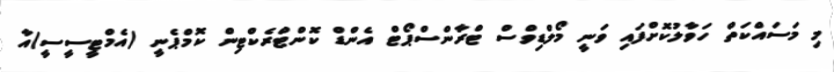
މި މަސައްކަތް ހަވާލުކޮށްފައި ވަނީ މޯލްޑިވްސް ޓްރާންސްޕޯޓް އެންޑް ކޮންޓްރެކްޓިން ކޮމްޕެނީ (އެމްޓީސީސީ)އާ